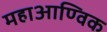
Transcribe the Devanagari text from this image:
महाआण्विक